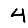
Digit: 4